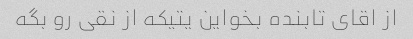
از اقای تابنده بخواین یتیکه از نقی رو بگه